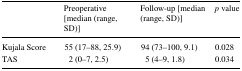
|  | Preoperative [median (range, SD)] | Follow-up [median (range, SD)] | p value |
 | --- | --- | --- | --- |
 | Kujala Score | 55 (17–88, 25.9) | 94 (73–100, 9.1) | 0.028 |
 | TAS | 2 (0–7, 2.5) | 5 (4–9, 1.8) | 0.034 |